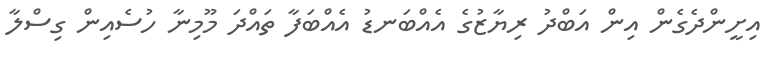
އިށީންދެގެން އިން އަބްދު ރިޔާޒުގެ އެއްބަނޑު އެއްބަފާ ތައްދަ މޫމިނާ ހުސެއިން ގިސްލާ